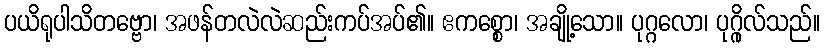
ပယိရုပါသိတဗ္ဗော၊ အဖန်တလဲလဲဆည်းကပ်အပ်၏။ ဧကစ္စော၊ အချို့သော။ ပုဂ္ဂလော၊ ပုဂ္ဂိုလ်သည်။